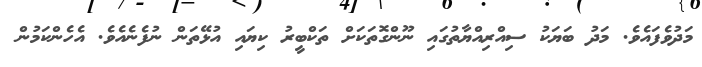
މަދުވެފައެވެ. މަދު ބަޔަކު ސިއްރިއްޔާތުގައި ނޫންގޮތަކަށް ތަކްބީރު ކިޔައި އުޅޭތަން ނުފެނެއެވެ. އެހެންކަމުން